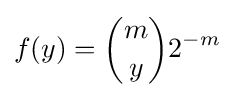
f(y)={\binom {m}{y}}2^{-m}